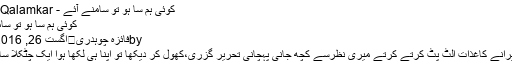
کوئی ہم سا ہو تو سامنے آئے - Qalamkar | قلم کار
کوئی ہم سا ہو تو سامنے آئے
byفائزہ چوہدری	اگست 26, 2016	بلاگ
ایک دن پرانے کاغذات الٹ پٹ کرتے کرتے میری نظرسے کچھ جانی پہچانی تحریر گزری،کھول کر دیکھا تو اپنا ہی لکھا ہوا ایک چٹکلا سامنے تھا۔